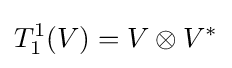
T_{1}^{1}(V)=V\otimes V^{*}